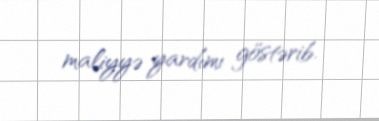
maliyyə yardımı göstərib.